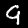
Label: 9